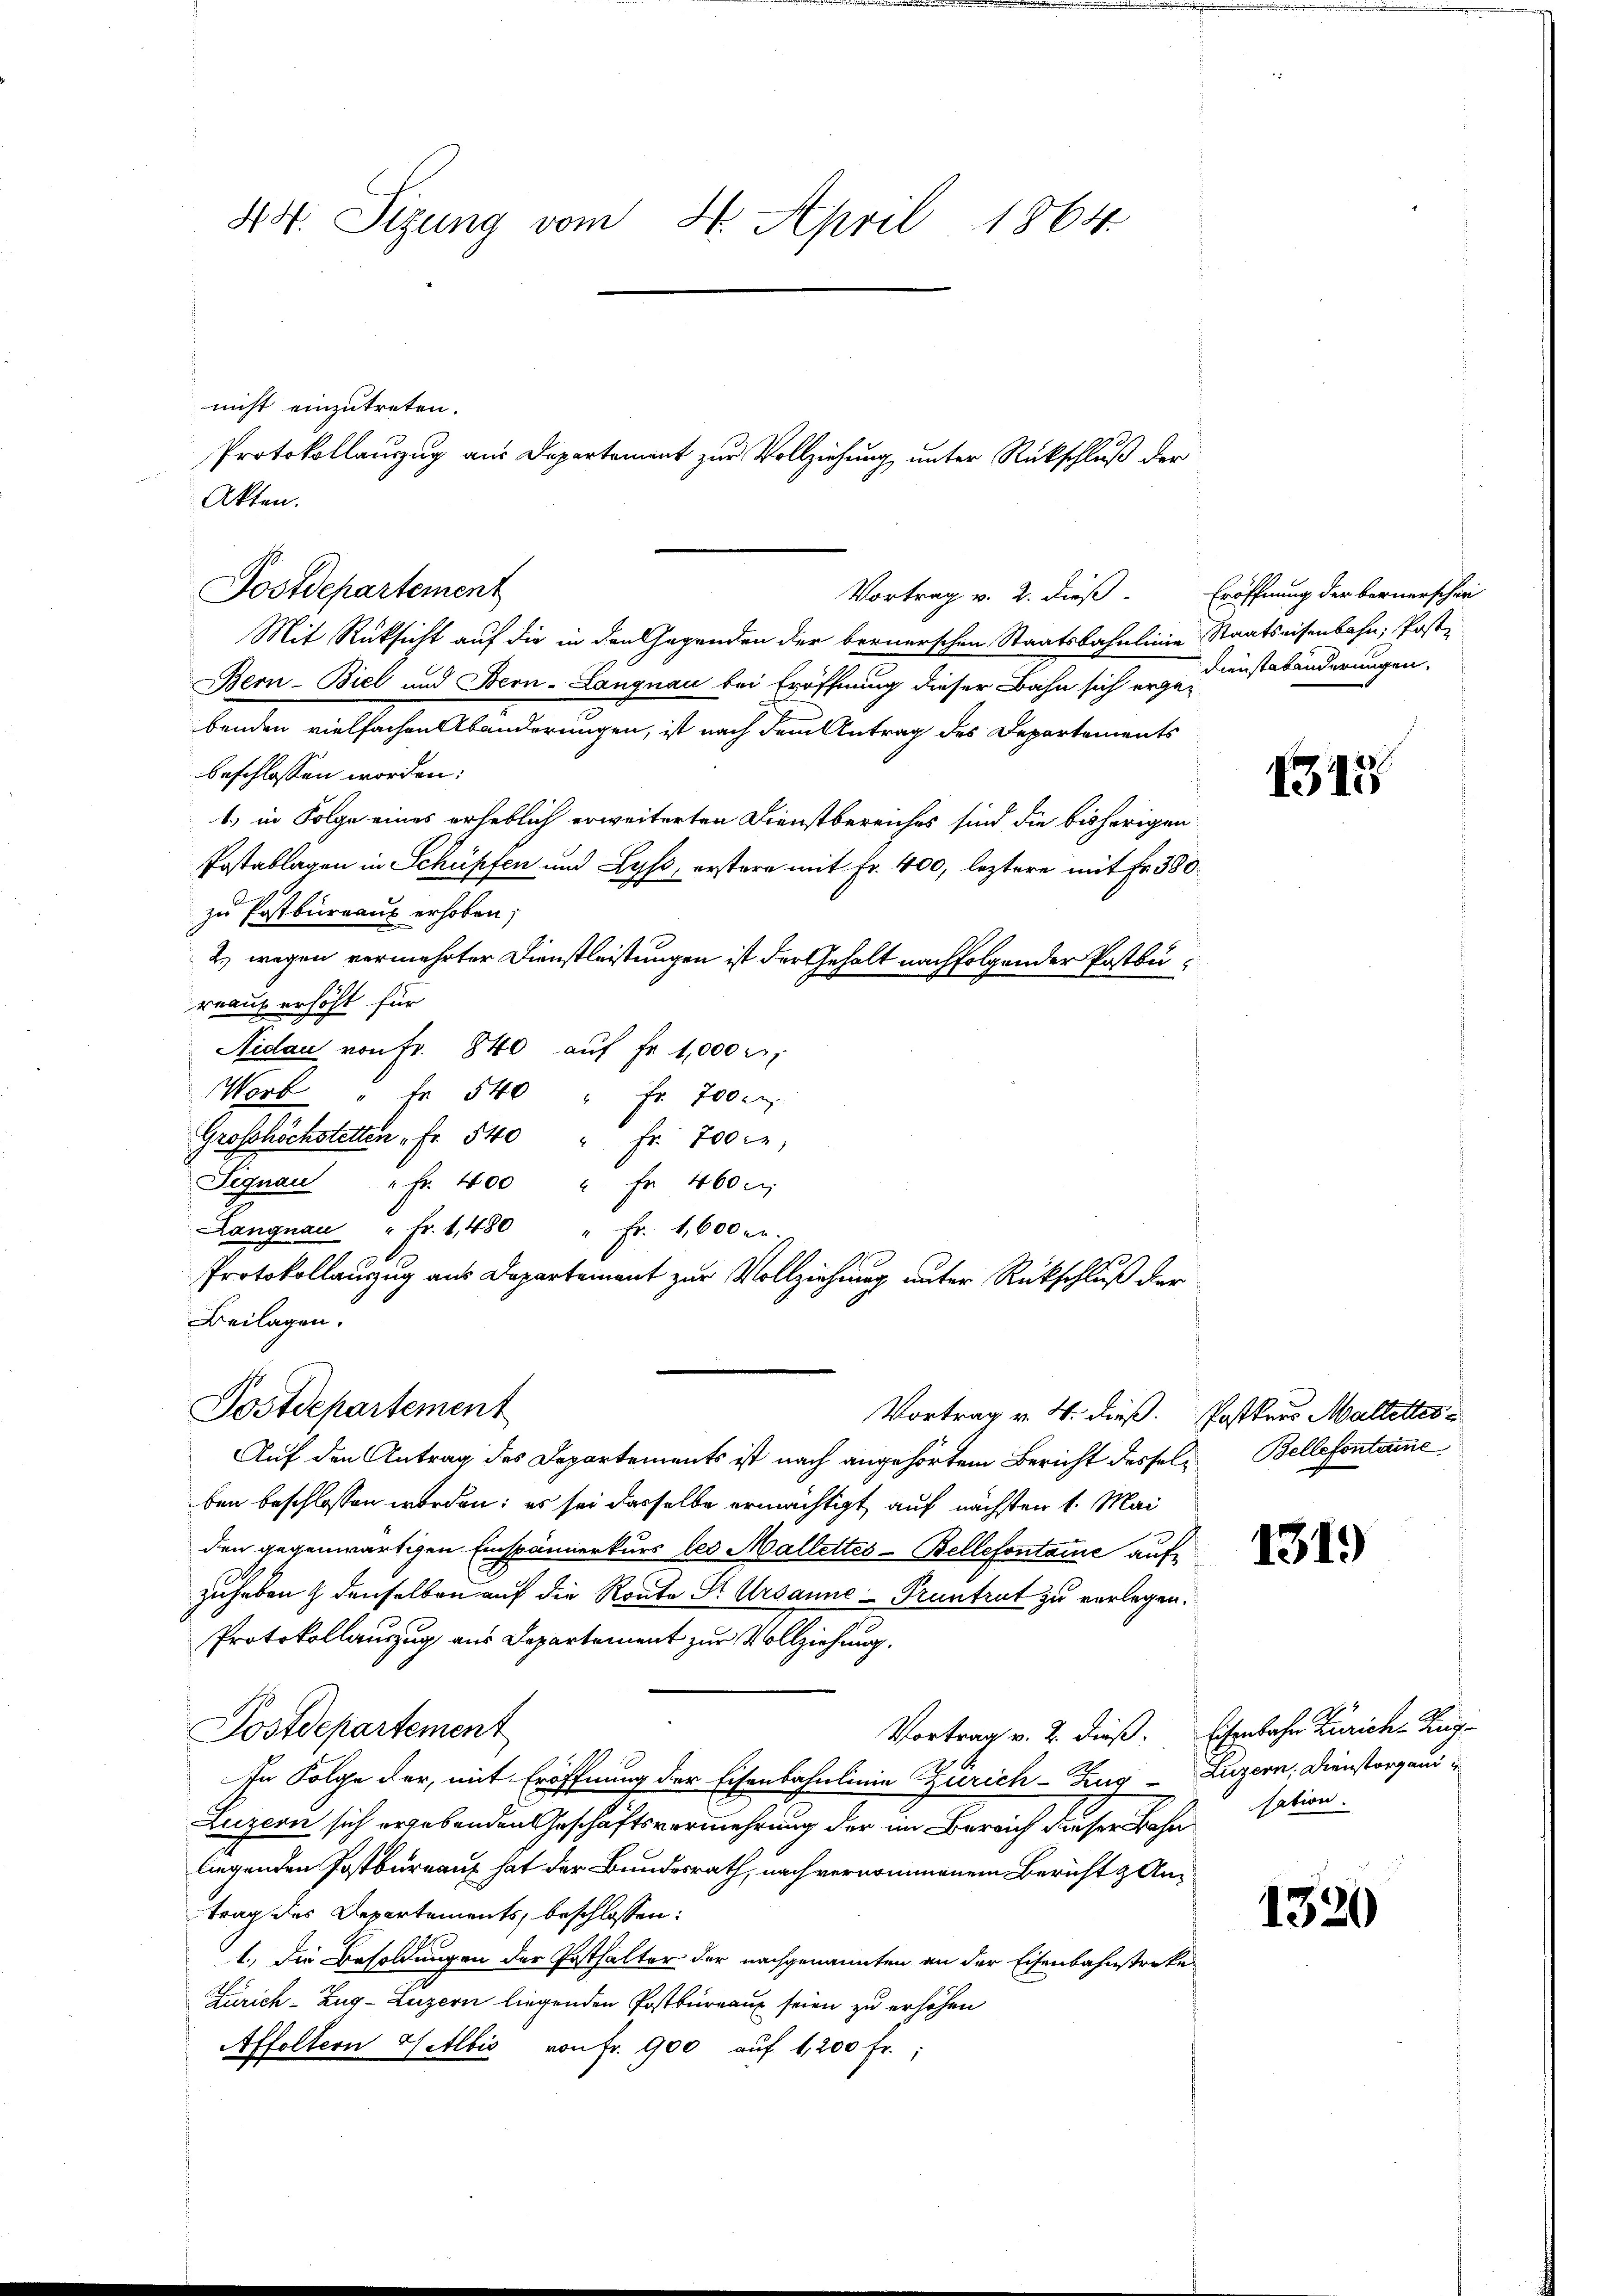
44. Sizung vom 4. April 1864.

nicht einzutreten.
Akten.

Postdepartement

Mit Rüksicht auf die in den Gegenden der bernerschen Staatsbahnlinie Staatseisenbahn, Posti-
Bern-Biel und Bern-Langnau bei Eröffnung dieser Bahn sich ergebenden vielfachen Abänderungen, ist nach dem Antrag des Departements
beschlossen worden:
1.) in Folge eines erheblich erweiterten Dienstbereiches sind die bisherigen
Postablagen in Schüpfen und Lyß, erstere mit Fr. 400, leztere mit Fr. 380
zu Postbureaus erhoben;
2.) wegen vermehrter Dienstleistungen ist der Gehalt nachfolgender Postbureaux erhöht für
Nidau von fr. 840 aŭf Fr. 1,000 M.
Worb " fr. 540 " fr. 700 er
Grosshöchstetten " Fr. 540 " Fr. 700 fn,
Signau " Fr. 400 " fr. 460 m
Langnau " fr. 1480 " fr. 1,600
A
Protokollauszug aus Departement zur Vollziehung unter Rückschluß der
Beilagen.
Postdepartement
Vortrag v. 4. dieß. Postters Maltettes¬
Auf den Antrag des Departements ist nach angehörtem Bericht desselben beschlossen worden; es sei dasselbe ermächtigt, auf nächsten 1. Mai
den gegenwärtigen Einspännerkurs les Mallettes-Bellefontane aufzuheben & denselben auf die Route St. Ursanne - Pruntrut zu verlegen.
Protokollauszug aus Departement zur Vollziehung.
Postdepartement
Vortrag v. 2. dieß. Eisenbahn Zürich Zug-
In Folge der, mit Eröffnung der Eisenbahnlinie Zürich–Zug–Luzern, Dienstorgani
Luzern sich ergebenden Geschäftsvermehrung der im Bereich dieser Bahn sation
liegenden Postbureaux hat der Bundesrath, nach vernommenem Bericht & Antrag des Departements, beschlossen:
1.) Die Besoldungen der Posthalter der nachgenannten an der Eisenbahnstreke
Zürich–Zug–Luzern liegenden Postbüreau seien zu erhöhen
Affoltern Getlbis von fr. 900 auf 1,200 fr.

Protokollauszug aus Departement zur Vollziehung unter Rückschluß der

Vortrag v. 2. dieß. Eröffnung der bernerscher

Dienstabänderungen.

1515

Bellefontamme

1319)

1320